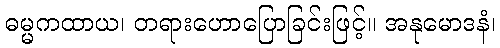
ဓမ္မကထာယ၊ တရားဟောပြောခြင်းဖြင့်။ အနုမောဒနံ၊